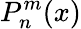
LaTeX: P_{n}^{m}(x)